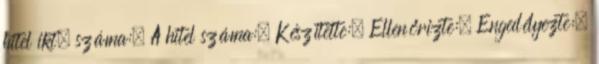
hitel ikt. száma:. A hitel száma:. Készítette:. Ellenőrizte:. Engedélyezte:.